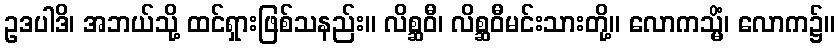
ဥဒပါဒိ၊ အဘယ်သို့ ထင်ရှားဖြစ်သနည်း။ လိစ္ဆဝီ၊ လိစ္ဆဝီမင်းသားတို့။ လောကသ္မိံ၊ လောက၌။